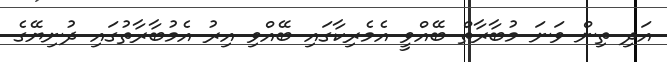
އަދި ތިން ވަނަ މުބާރާތް ބޭއްވީ އެމެރިކާގައި ބޭއްވި އިރު އެމުބާރާތުގައި ދުނިޔޭގެ